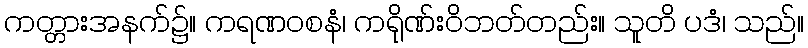
ကတ္တားအနက်၌။ ကရဏဝစနံ၊ ကရိုဏ်းဝိဘတ်တည်း။ သူတိ ပဒံ၊ သည်။